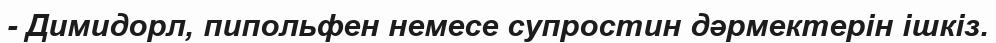
- Димидорл, пипольфен немесе супростин дәрмектерін ішкіз.